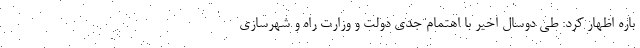
باره اظهار کرد: طی دوسال اخیر با اهتمام جدی دولت و وزارت راه و شهرسازی